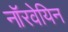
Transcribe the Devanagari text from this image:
नाॅरवेयिन